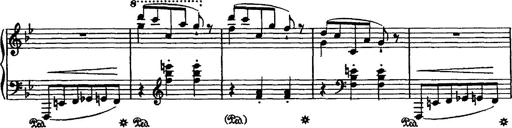
Title: Grande valse di bravura
Composer: Franz Liszt